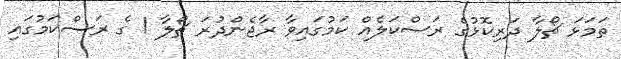
ތަމަޅަ ޗޯލާ ދަރިކޮޅުގެ ރަސްކަލެއް ކަމުގައިވާ ރާޖެންދުރަ ޗޯލާ 1 ގެ ރަސްކަމުގައި